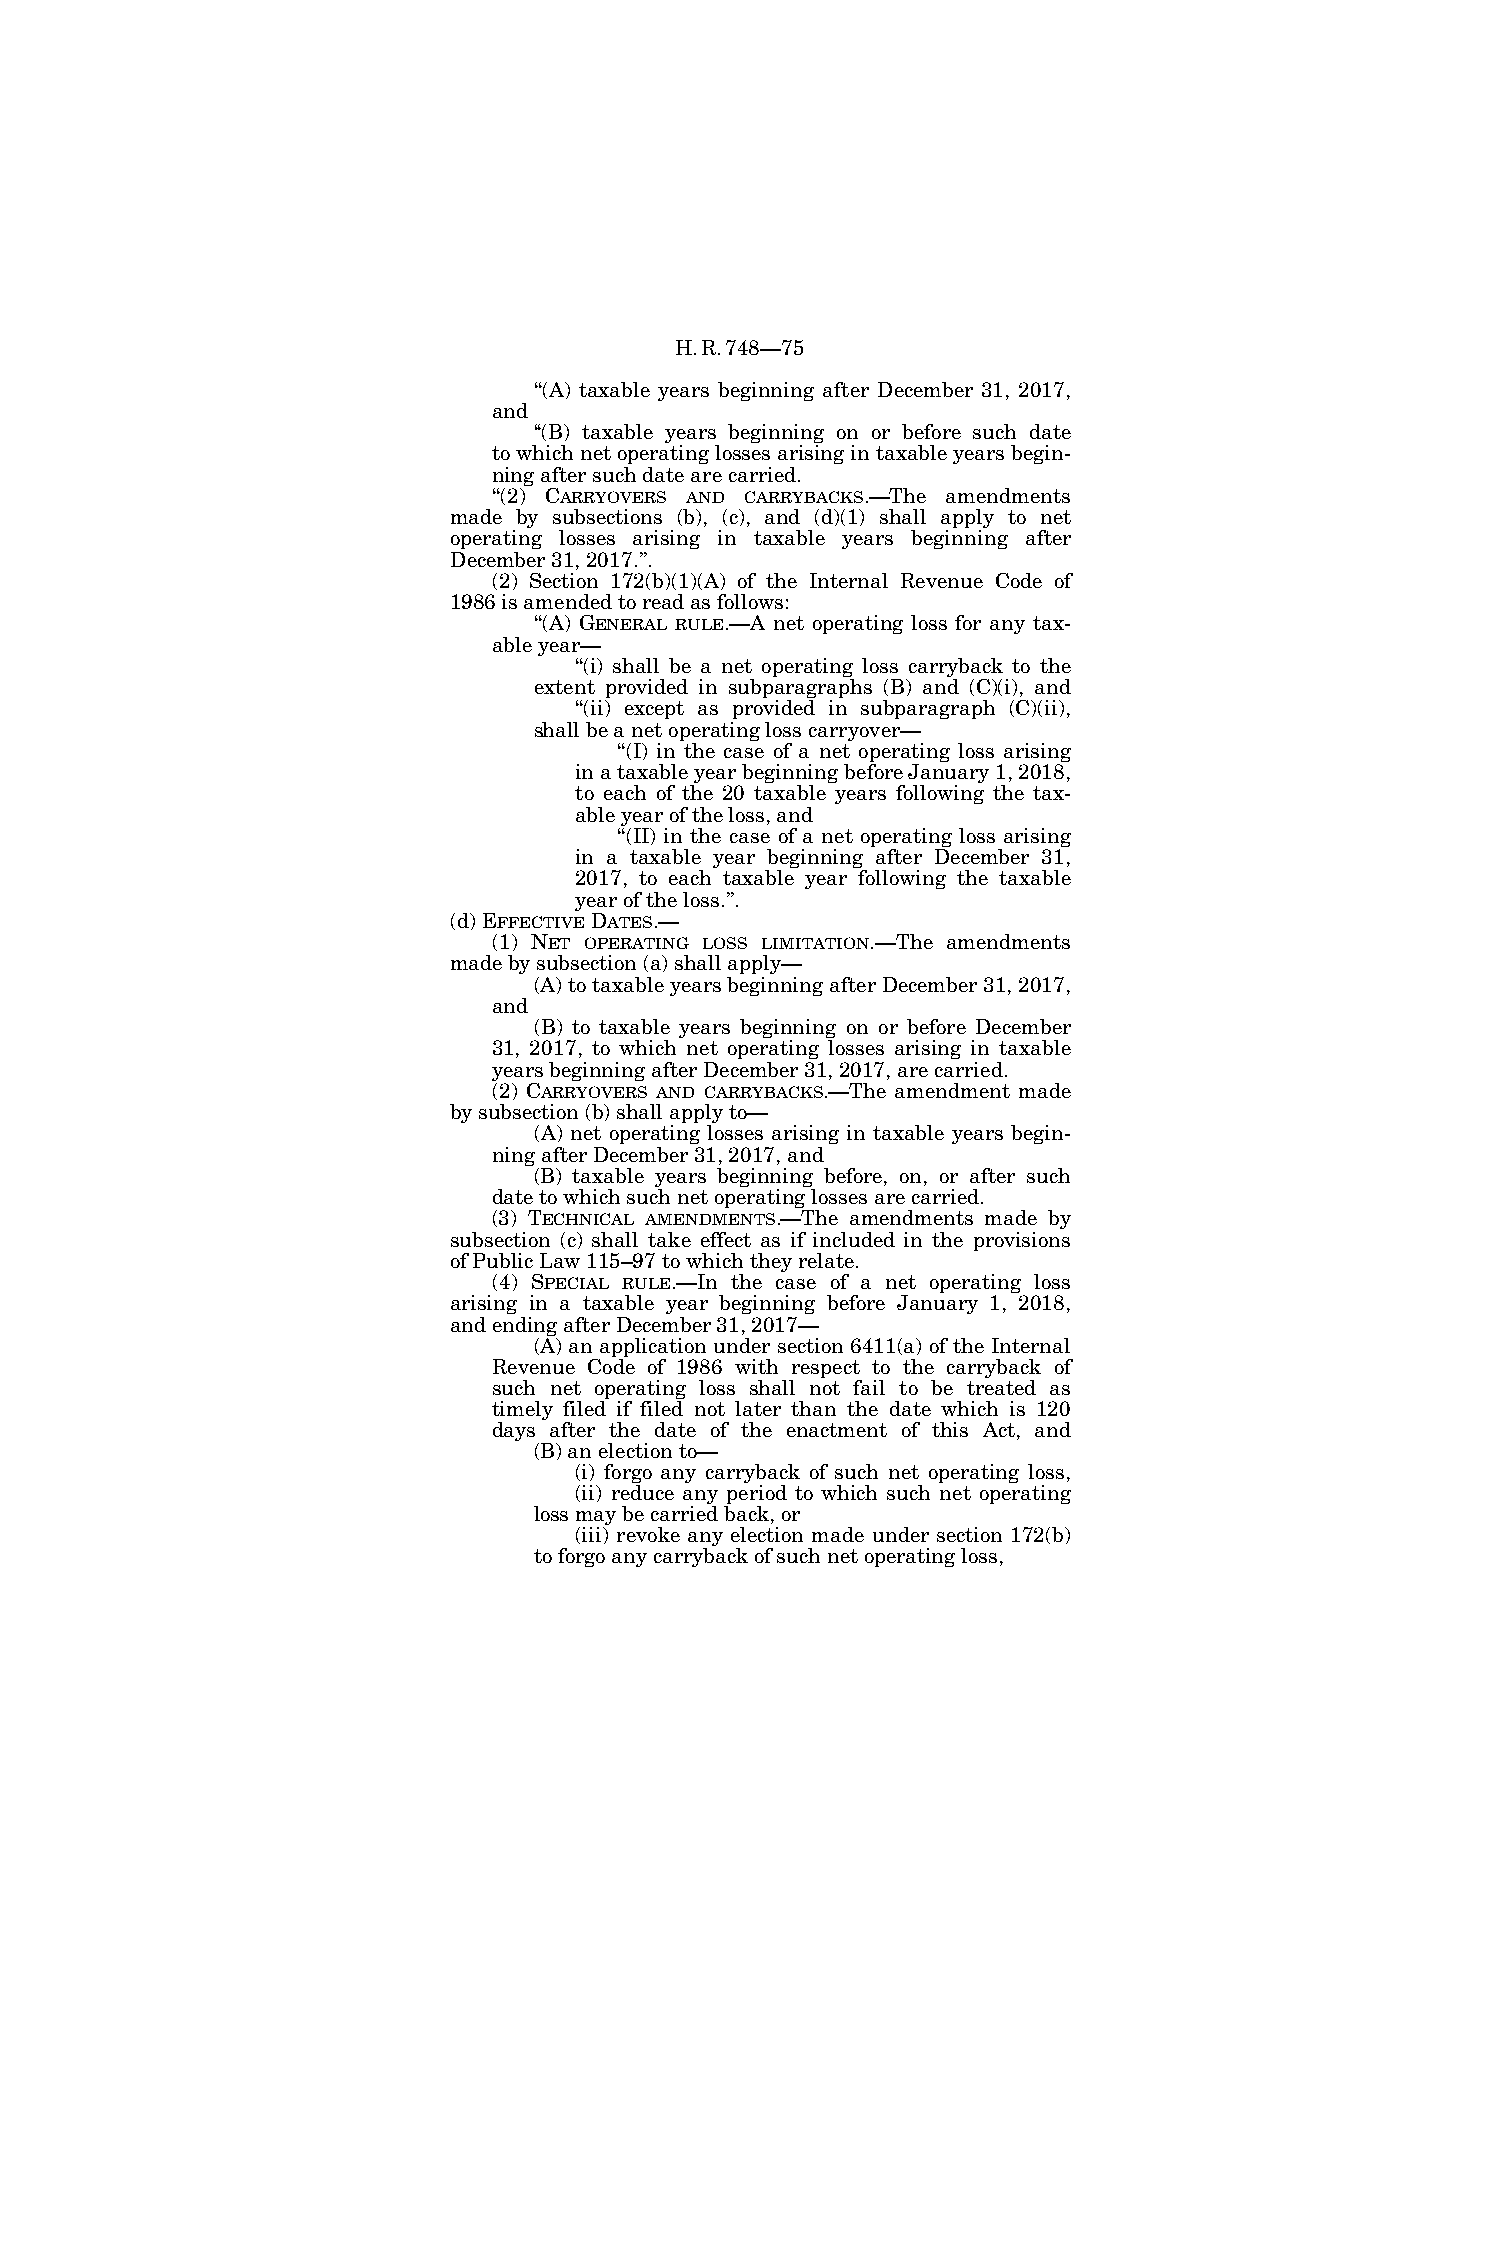
H.R.748—75
 ‘‘(A) taxable years beginning after December 31, 2017,
 and
 ‘‘(B) taxable years beginning on or before such date
 to which net operating losses arising in taxable years begin-
 ning after such date are carried.
 ‘‘(2) CARRYOVERS AND CARRYBACKS.—The amendments
 made by subsections (b), (c), and (d)(1) shall apply to net
 operating losses arising in taxable years beginning after
 December 31, 2017.’’.
 (2) Section 172(b)(1)(A) of the Internal Revenue Code of
 1986 is amended to read as follows:
 ‘‘(A) GENERAL RULE.—A net operating loss for any tax-
 able year—
 ‘‘(i) shall be a net operating loss carryback to the
 extent provided in subparagraphs (B) and (C)(i), and
 ‘‘(ii) except as provided in subparagraph (C)(ii),
 shall be a net operating loss carryover—
 ‘‘(I) in the case of a net operating loss arising
 in a taxable year beginning before January 1, 2018,
 to each of the 20 taxable years following the tax-
 able year of the loss, and
 ‘‘(II) in the case of a net operating loss arising
 in a taxable year beginning after December 31,
 2017, to each taxable year following the taxable
 year of the loss.’’.
 (d) EFFECTIVEDATES.—
 (1) NET OPERATING LOSS LIMITATION.—The amendments
 made by subsection (a) shall apply—
 (A) to taxable years beginning after December 31, 2017,
 and
 (B) to taxable years beginning on or before December
 31, 2017, to which net operating losses arising in taxable
 years beginning after December 31, 2017, are carried.
 (2) CARRYOVERS AND CARRYBACKS.—The amendment made
 by subsection (b) shall apply to—
 (A) net operating losses arising in taxable years begin-
 ning after December 31, 2017, and
 (B) taxable years beginning before, on, or after such
 date to which such net operating losses are carried.
 (3) TECHNICAL AMENDMENTS.—The amendments made by
 subsection (c) shall take effect as if included in the provisions
 of Public Law 115–97 to which they relate.
 (4) SPECIAL RULE.—In the case of a net operating loss
 arising in a taxable year beginning before January 1, 2018,
 and ending after December 31, 2017—
 (A) an application under section 6411(a) of the Internal
 Revenue Code of 1986 with respect to the carryback of
 such net operating loss shall not fail to be treated as
 timely filed if filed not later than the date which is 120
 days after the date of the enactment of this Act, and
 (B) an election to—
 (i) forgo any carryback of such net operating loss,
 (ii) reduce any period to which such net operating
 loss may be carried back, or
 (iii) revoke any election made under section 172(b)
 to forgo any carryback of such net operating loss,